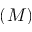
( M )